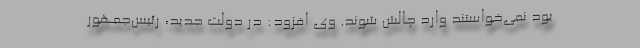
بود نمی‌خواستند وارد چالش شوند. وی افزود: در دولت جدید، رئیس‌جمهور